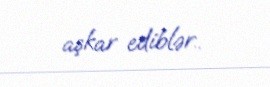
aşkar ediblər..